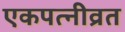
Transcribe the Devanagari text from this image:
एकपत्‍नीव्रत